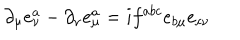
\partial _ { \mu } e _ { \nu } ^ { a } - \partial _ { \nu } e _ { \mu } ^ { a } = i f ^ { a b c } e _ { b \mu } e _ { c \nu }